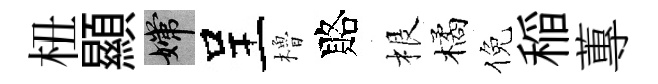
杻顯嫦呈櫓賂根橘倪稲蓴